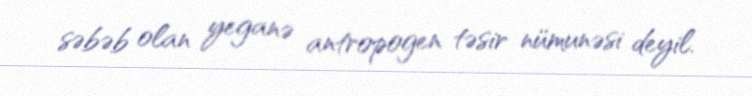
səbəb olan yeganə antropogen təsir nümunəsi deyil.